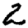
Digit: 2